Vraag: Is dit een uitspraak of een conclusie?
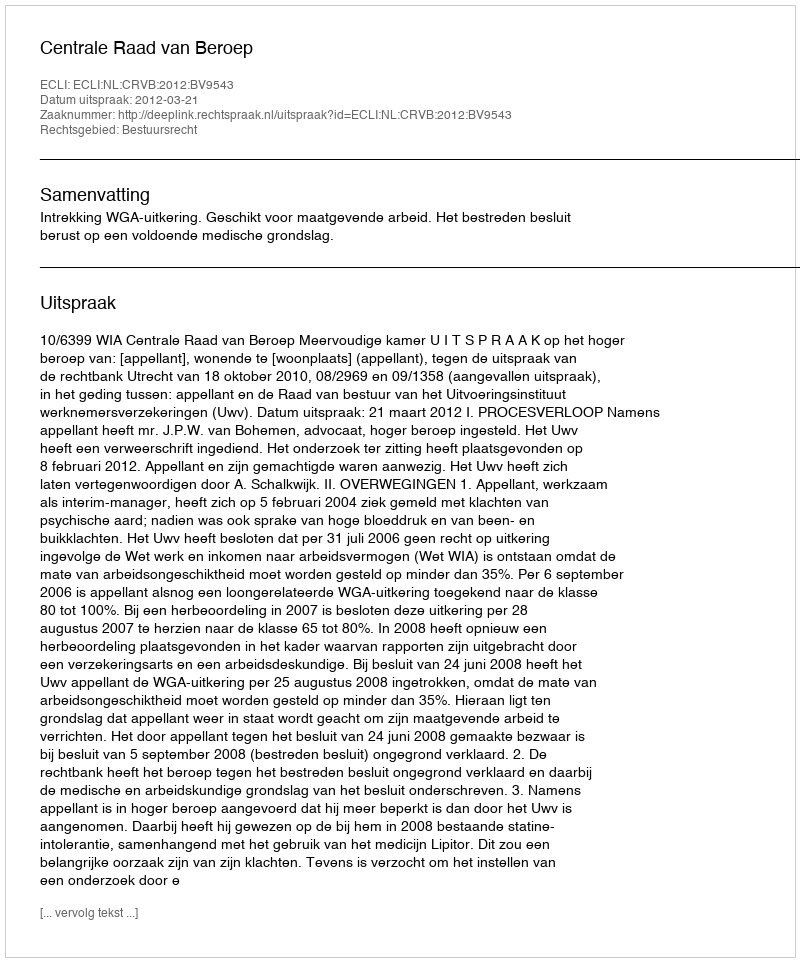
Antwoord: Uitspraak